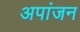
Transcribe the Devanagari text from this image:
अपांजन